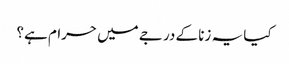
کیا یہ زنا کے درجے میں حرام ہے؟